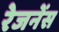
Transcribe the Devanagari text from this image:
रेजनेंस